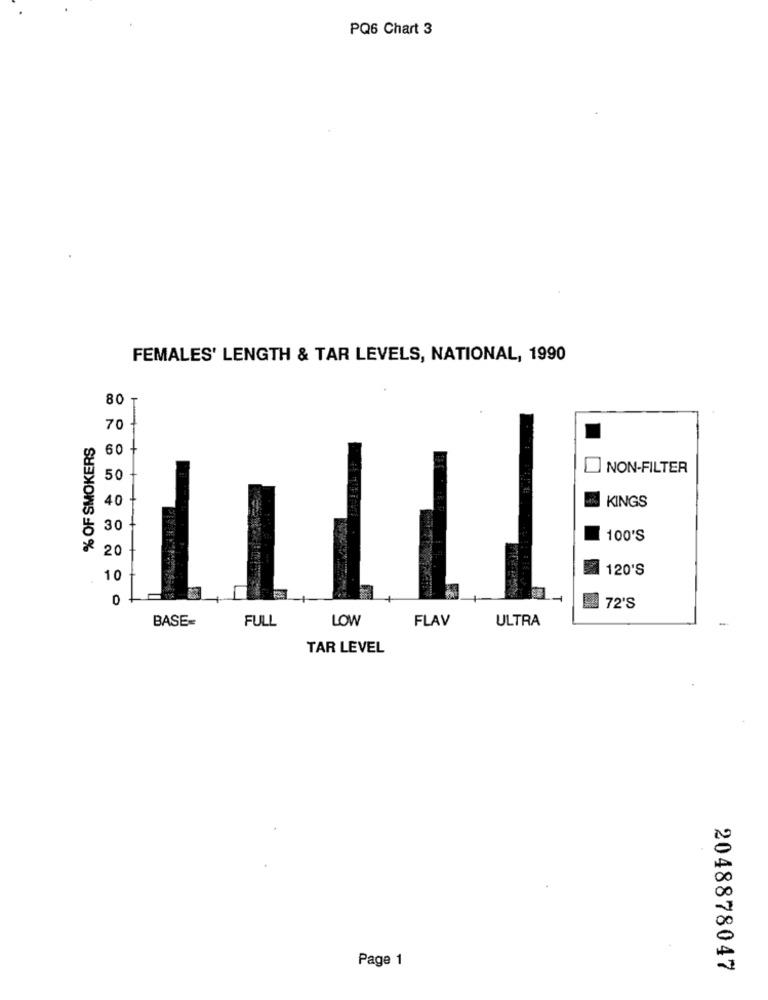
PQ6 Chart 3
FEMALES' LENGTH & TAR LEVELS, NATIONAL, 1990
80
70
% OF SMOKERS
60
NON-FILTER
50
40
KINGS
30
100'S
20
120'S
10
72'S
BASE=
LOW
FLAV
ULTRA
FULL
TAR LEVEL
Page 1
2048878047